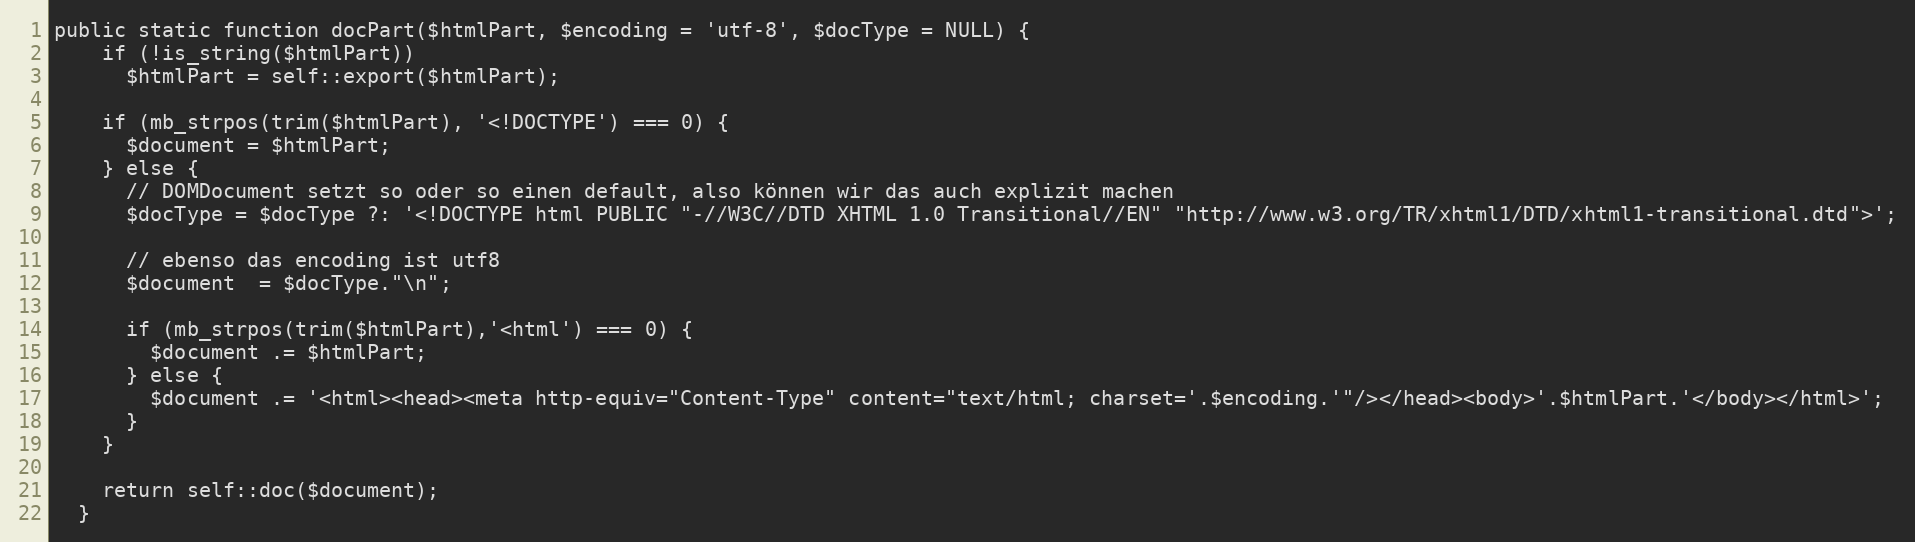
Language: PHP
public static function docPart($htmlPart, $encoding = 'utf-8', $docType = NULL) {
    if (!is_string($htmlPart))
      $htmlPart = self::export($htmlPart);

    if (mb_strpos(trim($htmlPart), '<!DOCTYPE') === 0) {
      $document = $htmlPart;
    } else {
      // DOMDocument setzt so oder so einen default, also können wir das auch explizit machen
      $docType = $docType ?: '<!DOCTYPE html PUBLIC "-//W3C//DTD XHTML 1.0 Transitional//EN" "http://www.w3.org/TR/xhtml1/DTD/xhtml1-transitional.dtd">';

      // ebenso das encoding ist utf8
      $document  = $docType."\n";

      if (mb_strpos(trim($htmlPart),'<html') === 0) {
        $document .= $htmlPart;
      } else {
        $document .= '<html><head><meta http-equiv="Content-Type" content="text/html; charset='.$encoding.'"/></head><body>'.$htmlPart.'</body></html>';
      }
    }

    return self::doc($document);
  }